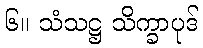
၆။ သံသဋ္ဌ သိက္ခာပုဒ်